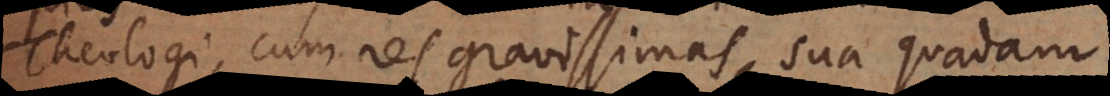
Theologi, cum res gravissimas sua quadam